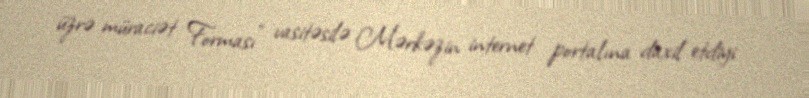
üzrə müraciət Forması” vasitəsilə Mərkəzin internet portalına daxil etdiyi